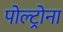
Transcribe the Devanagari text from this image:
पोल्ट्रोना